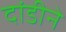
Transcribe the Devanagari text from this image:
दांडीने